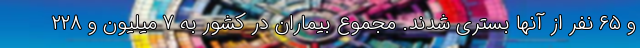
و ۶۵ نفر از آنها بستری شدند. مجموع بیماران در کشور به ۷ میلیون و ۲۲۸